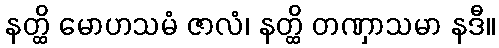
နတ္ထိ မောဟသမံ ဇာလံ၊ နတ္ထိ တဏှာသမာ နဒီ။